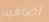
اضافيه